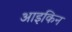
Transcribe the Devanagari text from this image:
आइकिन